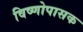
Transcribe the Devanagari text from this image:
विष्णोपासक